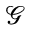
\mathcal G